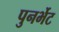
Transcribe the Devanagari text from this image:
पुनर्भेट